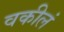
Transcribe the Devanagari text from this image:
वकीलं